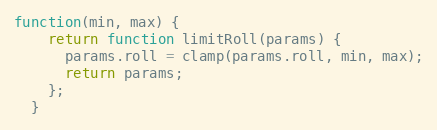
Language: JavaScript
function(min, max) {
    return function limitRoll(params) {
      params.roll = clamp(params.roll, min, max);
      return params;
    };
  }